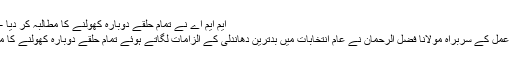
ایم ایم اے نے تمام حلقے دوبارہ کھولنے کا مطالبہ کر دیا - Jano.pk
متحدہ مجلس عمل کے سربراہ مولانا فضل الرحمان نے عام انتخابات میں بدترین دھاندلی کے الزامات لگاتے ہوئے تمام حلقے دوبارہ کھولنے کا مطالبہ کردیا۔